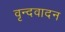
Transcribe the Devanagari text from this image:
वृन्दवादन